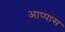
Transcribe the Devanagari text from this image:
आप्पास